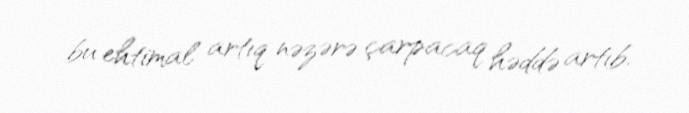
bu ehtimal artıq nəzərə çarpacaq həddə artıb.